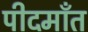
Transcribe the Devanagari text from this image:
पीदमाँत